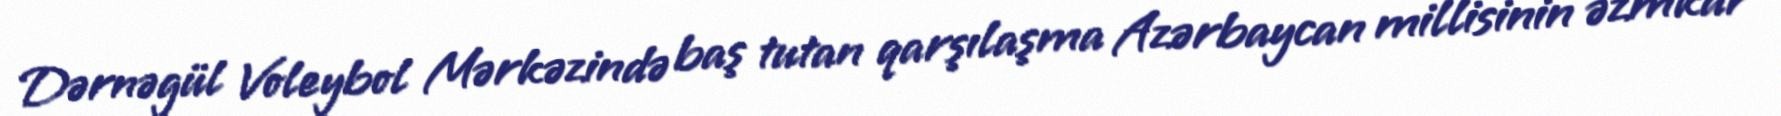
Dərnəgül Voleybol Mərkəzində baş tutan qarşılaşma Azərbaycan millisinin əzmkar